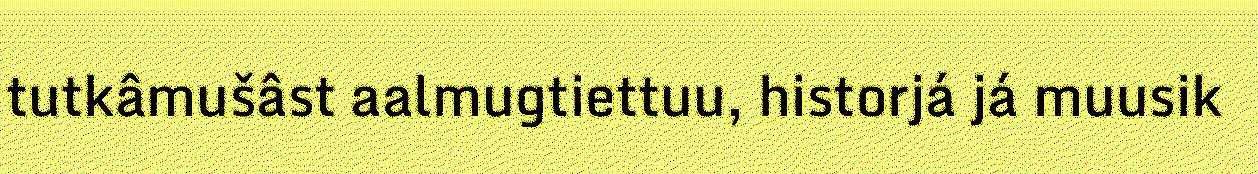
tutkâmušâst aalmugtiettuu, historjá já muusik